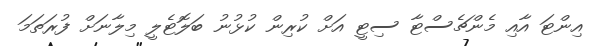
އިންޓަ އާއި މެންޗެސްޓާ ސިޓީ އަށް ކުރިން ކުޅުނު ބަލޮޓެލީ މިލާނަށް ފުރަތަމަ